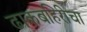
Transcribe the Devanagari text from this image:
ढाकबहिरीचा